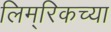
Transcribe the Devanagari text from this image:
लिम्‌रिकच्या